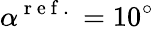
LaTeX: \alpha^{\mathrm{~r~e~f~.~}}=10^{\circ}